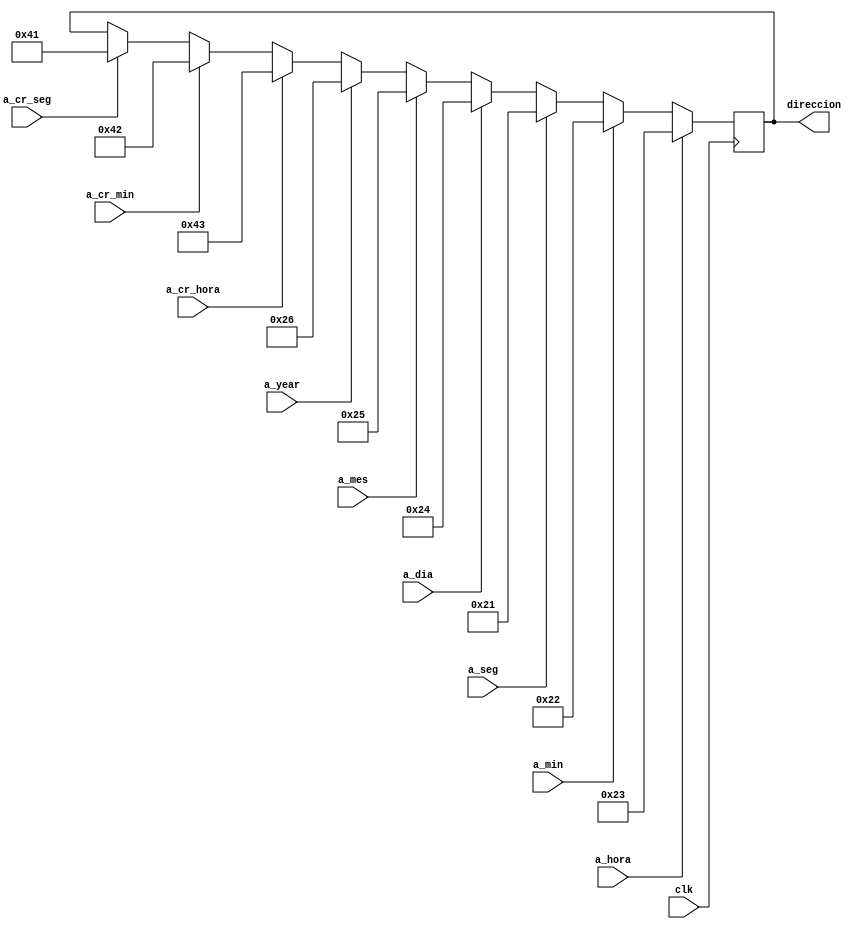
`timescale 1ns / 1ps
//Este bloque recibe las seales de a_hora, a_min, a_seg, etc rpovenientes del bloque de Contadores_Escritura, dependiendo de
// la seal que se encuentre activa, asi ser la direccin que se envia al RTC para escribir un dato.
module Direccion_Escritura(
	 input clk,
    input a_hora, a_min, a_seg,				 //
	 input a_dia, a_mes, a_year,				 // Seales del bloque Contadores_Escritura
	 input a_cr_hora, a_cr_min, a_cr_seg,	 //
	 output reg [7:0]direccion //Salida con la direccin del parmetro a cambiar
    );

//Las direcciones representan el registro de la memoria del RTC donde se encuentra el parmetro, estas direcciones son tomadas 
// de la hoja de datos del componente
always @(posedge clk)
begin	
	     if (a_hora==1'b1) direccion<=8'h23;
	else if (a_min==1'b1) direccion<=8'h22;
	else if (a_seg==1'b1) direccion<=8'h21;
	
	else if (a_dia==1'b1) direccion<=8'h24;
	else if (a_mes==1'b1) direccion<=8'h25;
	else if (a_year==1'b1) direccion<=8'h26;
	
	else if (a_cr_hora==1'b1) direccion<=8'h43;
	else if (a_cr_min==1'b1) direccion<=8'h42;
	else if (a_cr_seg==1'b1) direccion<=8'h41;


end

endmodule